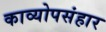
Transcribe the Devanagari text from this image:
काव्योपसंहार